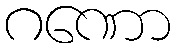
ဂဏော